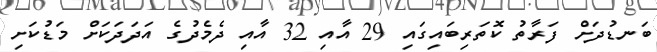
ބަނޑުދަށް ފަރާތު ކޮތަރިބައިގައި 29 އާއި 32 އާއި ދެމެދުގެ އަދަދަކަށް މަޑުކަށި